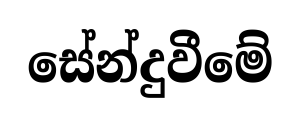
සේන්දුවීමේ